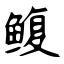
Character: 鳆